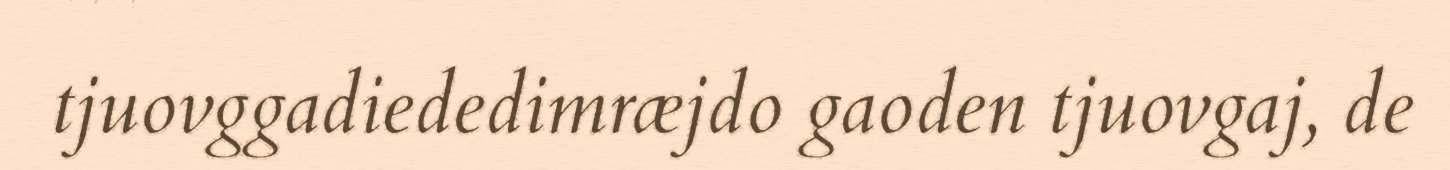
tjuovggadiededimræjdo gaoden tjuovgaj, de